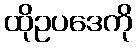
ထိုဥပဒေကို